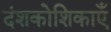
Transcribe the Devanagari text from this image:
दंशकोशिकाएँ